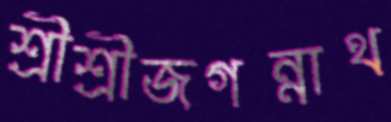
শ্রীশ্রীজগন্নাথ